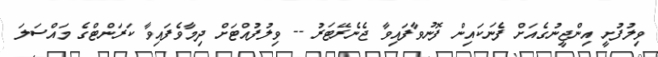
ވިލުފުށީ އިންޖީނުގެއަށް ފެނަކައިން ފޮނުވާފައިވާ ޖެނެރޭޓަރު -- ވިލުފުއްޓަށް ދިމާވެފައިވާ ކަރަންޓްގެ މައްސަލަ